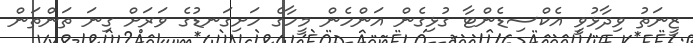
ޒީނަތު ވިދާޅުވީ އެކްސިޑެންޓާ ގުޅިގެން އަންހެން މީހާގެ ހަށިގަނޑުގެ ވަރަށް ގިނަ ތަންތަން